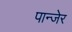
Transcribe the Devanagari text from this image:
पान्जेर